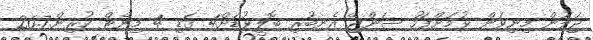
ޖަލުން މިނިވަން ވުމަށްފަހު ސަންޖޭ އެނބުރި ބޮލީވުޑަށް4 ގަޑި 4 މިނެޓް ކުރިން.26.7